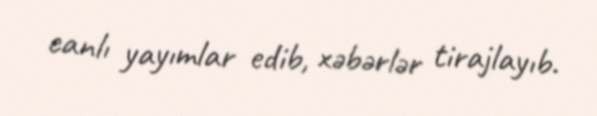
canlı yayımlar edib, xəbərlər tirajlayıb.